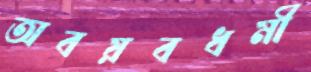
অবয়বধর্মী